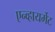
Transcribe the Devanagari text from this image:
एन्व्हायर्मेट